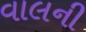
વાલની